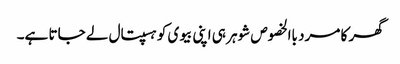
گھر کا مرد باالخصوص شوہر ہی اپنی بیوی کو ہسپتال لے جاتا ہے۔